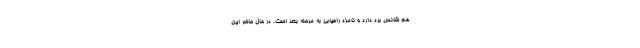
هم شانس برد دارد و نامزد راهیابی به مرحله بعد است. در حال حاضر این